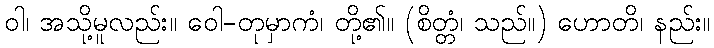
ဝါ၊ အသို့မူလည်း။ ဝေါ-တုမှာကံ၊ တို့၏။ (စိတ္တံ၊ သည်။) ဟောတိ၊ နည်း။